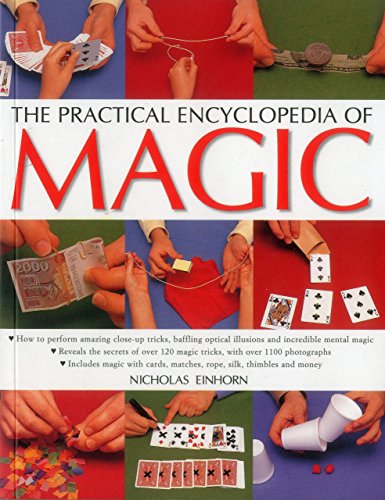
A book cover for The Practical Encyclopedia of Magic: How To Perform Amazing Close-Up Tricks, Baffling Optical Illusions And Incredible Mental Magic; Nicholas Einhorn; Humor & Entertainment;